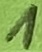
Text: 1